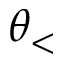
\theta _ { < }